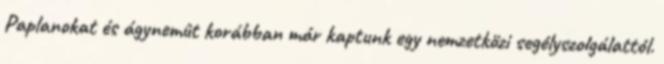
Paplanokat és ágynemût korábban már kaptunk egy nemzetközi segélyszolgálattól.